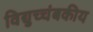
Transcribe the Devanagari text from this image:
विद्युच्चंबकीय